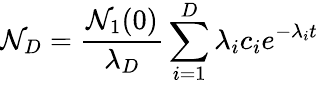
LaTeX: \mathcal{N}_{D}={\frac{{\mathcal{N}_{1}(0)}}{{\lambda_{D}}}}\sum_{i=1}^{D}\lambda_{i}c_{i}e^{-\lambda_{i}t}